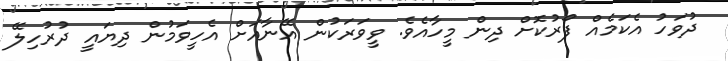
ދުވަހު އެކަމެއް ފޯރުކޮށް ދިން މީހާއެވެ. ވީވަރަކުން އޭނާއަށް އެހީވަމުން ދިޔައީ ދުރުހިލޭ